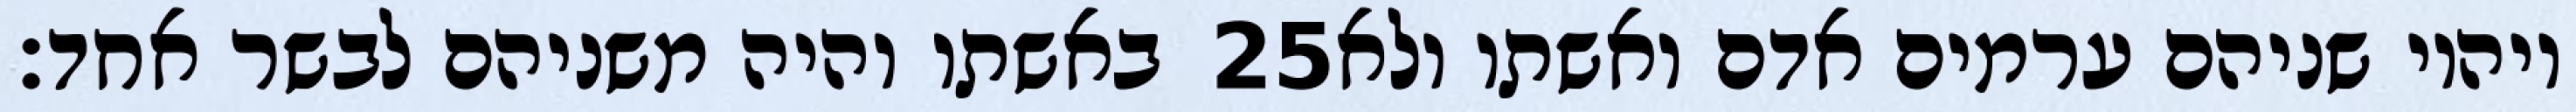
באשתו והיה משניהם לבשר אחד׃ ‎25‏ ויהיו שניהם ערמים אדם ואשתו ולא